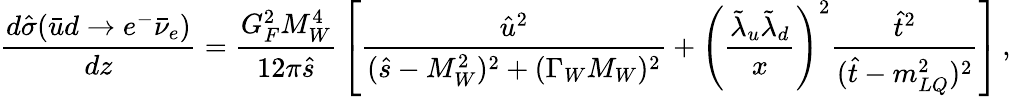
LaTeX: {\frac{d\hat{\sigma}(\bar{u}d\to e^{-}\bar{\nu}_{e})}{dz}}={\frac{G_{F}^{2}M_{W}^{4}}{12\pi\hat{s}}}\left[{\frac{\hat{u}^{2}}{(\hat{s}-M_{W}^{2})^{2}+(\Gamma_{W}M_{W})^{2}}}+\left({\frac{\tilde{\lambda}_{u}\tilde{\lambda}_{d}}{x}}\right)^{2}{\frac{\hat{t}^{2}}{(\hat{t}-m_{LQ}^{2})^{2}}}\right]\, ,